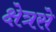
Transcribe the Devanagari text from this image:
क्षेत्रसे